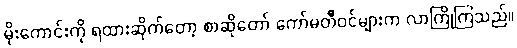
မိုးကောင်းကို ရထားဆိုက်တော့ စာဆိုတော် ကော်မတီဝင်များက လာကြိုကြသည်။